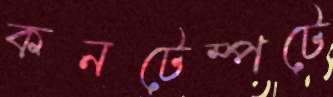
কনটেম্পটে